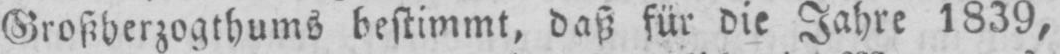
Großherzogthums bestimmt, daß für die Jahre 1839,